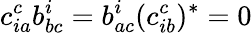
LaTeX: c_{ia}^{c}b_{bc}^{i}=b_{ac}^{i}(c_{ib}^{c})^{*}=0